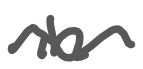
Text: in
Cross-out: wave
Writing tool: digital_gray